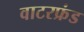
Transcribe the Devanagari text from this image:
वाटरफ्रंड